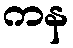
ကန